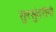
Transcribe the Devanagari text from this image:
सुरसुंदरींनी